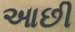
આછી